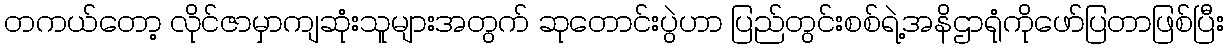
တကယ်တော့ လိုင်ဇာမှာကျဆုံးသူများအတွက် ဆုတောင်းပွဲဟာ ပြည်တွင်းစစ်ရဲ့အနိဌာရုံကိုဖော်ပြတာဖြစ်ပြီး